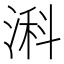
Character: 𬈎